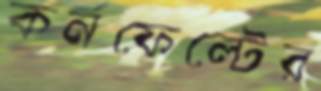
কর্নফেল্টের